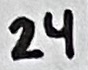
Text: 24